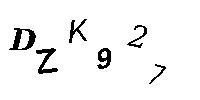
DZK927